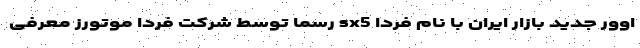
اوور جدید بازار ایران با نام فردا sx5 رسما توسط شرکت فردا موتورز معرفی